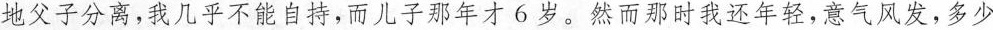
地父子分离，我几乎不能自持，而儿子那年才6岁。然而那时我还年轻，意气风发，多少